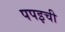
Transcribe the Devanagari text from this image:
पपइची